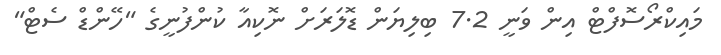
މައިކްރޯސޮފްޓް އިން ވަނީ 7.2 ބިލިޔަން ޑޮލަރަށް ނޮކިއާ ކުންފުނީގެ "ހޭންޑް ސެޓް"